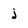
Character: j